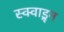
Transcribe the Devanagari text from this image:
स्क्वाड्र्न